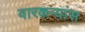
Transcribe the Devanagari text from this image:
वारकऱ्यांस